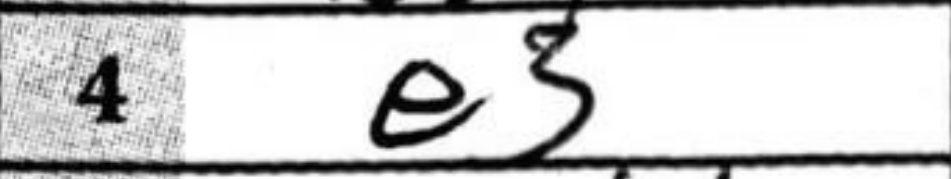
Transcription: e3